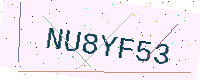
Text: NU8YF53